Civil Veterinary Dept. Bombay admin report 1900-1906 - 1900-1906
Year: 1900
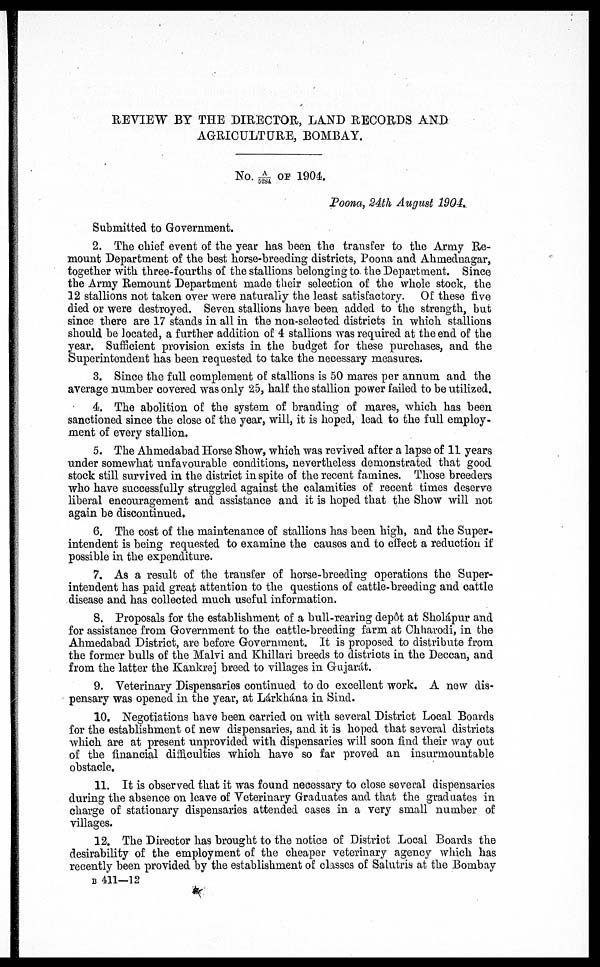
REVIEW BY THE DIRECTOR, LAND RECORDS AND
AGRICULTURE, BOMBAY.
No. A/5284 OF 1904
Poona, 24th August 1904,
Submitted to Government.
2. The chief event of the year has been the transfer to the Army Re-
mount Department of the best horse-breeding districts, Poona and Ahmednagar,
together with three-fourths of the stallions belonging to the Department. Since
the Army Remount Department made their selection of the whole stock, the
12 stallions not taken over were naturally the least satisfactory. Of these five
died or were destroyed. Seven stallions have been added to the strength, but
since there are 17 stands in all in the non-selected districts in which stallions
should be located, a further addition of 4 stallions was required at the end of the
year. Sufficient provision exists in the budget for these purchases, and the
Superintendent has been requested to take the necessary measures.
3. Since the full complement of stallions is 50 mares per annum and the
average number covered was only 25, half the stallion power failed to be utilized.
4. The abolition of the system of branding of mares, which has been
sanctioned since the close of the year, will, it is hoped, lead to the full employ-
ment of every stallion.
5. The Ahmedabad Horse Show, which was revived after a lapse of 11 years
under somewhat unfavourable conditions, nevertheless demonstrated that good
stock still survived in the district in spite of the recent famines. Those breeders
who have successfully struggled against the calamities of recent times deserve
liberal encouragement and assistance and it is hoped that the Show will not
again be discontinued.
6. The cost of the maintenance of stallions has been high, and the Super-
intendent is being requested to examine the causes and to effect a reduction if
possible in the expenditure.
7. As a result of the transfer of horse-breeding operations the Super-
intendent has paid great attention to the questions of cattle-breeding and cattle
disease and has collected much useful information.
8. Proposals for the establishment of a bull-rearing dep6t at Sholápur and
for assistance from Government to the cattle-breeding farm at Chliarodi, in the
Ahmedabad District, are before Government. It is proposed to distribute from
the former bulls of the Malvi and Khillari breeds to districts in the Deccan, and
from the latter the Kankrej breed to villages in Gujarát.
9. Veterinary Dispensaries continued to do excellent work. A new dis-
pensary was opened in the year, at Lárkhána in Sind.
10. Negotiations have been carried on with several District Local Boards
for the establishment of new dispensaries, and it is hoped that several districts
which are at present unprovided with dispensaries will soon find their way out
of the financial difficulties which have so far proved an insurmountable
obstacle.
11. It is observed that it was found necessary to close several dispensaries
during the absence on leave of Veterinary Graduates and that the graduates in
charge of stationary dispensaries attended cases in a very small number of
villages.
12. The Director has brought to the notice of District Local Boards the
desirability of the employment of the cheaper veterinary agency which has
recently been provided by the establishment of classes of Salutris at the Bombay
B 411—12